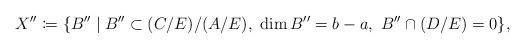
LaTeX: \begin{align*}X''\coloneqq \{B'' \mid B''\subset (C/E)/(A/E),\ \dim B'' = b-a,\ B''\cap (D/E) = 0\},\end{align*}